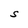
Character: S